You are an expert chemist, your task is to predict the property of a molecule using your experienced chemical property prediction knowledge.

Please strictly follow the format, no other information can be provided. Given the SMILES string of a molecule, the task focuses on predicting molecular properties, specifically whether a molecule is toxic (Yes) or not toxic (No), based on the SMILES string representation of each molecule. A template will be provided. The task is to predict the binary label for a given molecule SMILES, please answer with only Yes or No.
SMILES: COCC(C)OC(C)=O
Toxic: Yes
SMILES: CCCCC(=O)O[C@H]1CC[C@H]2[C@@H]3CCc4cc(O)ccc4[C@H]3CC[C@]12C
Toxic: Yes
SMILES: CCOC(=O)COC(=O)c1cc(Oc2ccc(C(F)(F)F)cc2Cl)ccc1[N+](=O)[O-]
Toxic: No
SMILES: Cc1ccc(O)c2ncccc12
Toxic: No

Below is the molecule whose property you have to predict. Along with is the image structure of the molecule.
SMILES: CC=C(Cl)Cl
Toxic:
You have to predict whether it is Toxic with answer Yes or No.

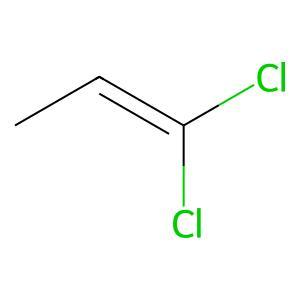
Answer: No